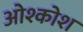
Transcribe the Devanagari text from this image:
ओश्कोश